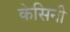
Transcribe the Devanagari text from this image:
केसिनी